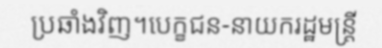
ប្រឆាំងវិញ។បេក្ខជន-នាយករដ្ឋមន្ត្រី